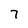
Character: 7